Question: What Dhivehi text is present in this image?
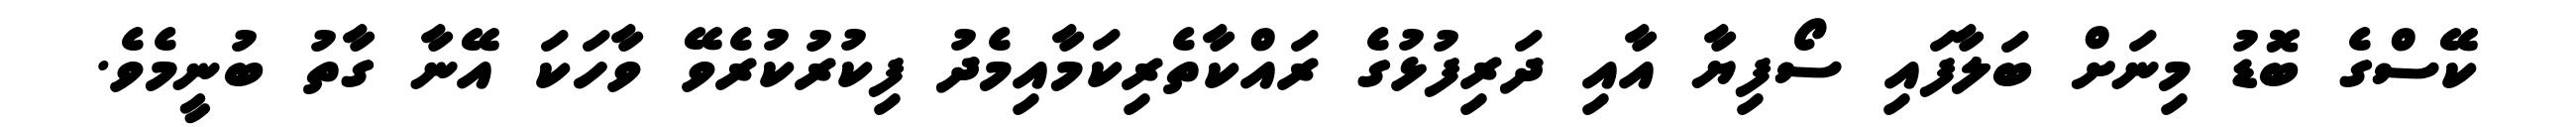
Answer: ކޭސްގެ ބޮޑު މިނަށް ބަލާފައި ސޯފިޔާ އާއި ދަރިފުޅުގެ ރައްކާތެރިކަމާއިމެދު ފިކުރުކުރެވޭ ވާހަކަ އޭނާ ގާތު ބުނީމެވެ.